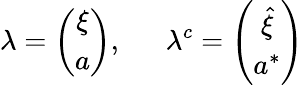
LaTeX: \lambda=\left(\begin{array}{c}{{\xi}}\\ {{a}}\end{array}\right),~~~~~~\lambda^{c}=\left(\begin{array}{c}{{\hat{\xi}}}\\ {{a^{*}}}\end{array}\right)